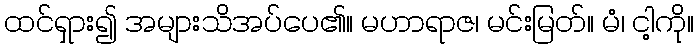
ထင်ရှား၍ အများသိအပ်ပေ၏။ မဟာရာဇ၊ မင်းမြတ်။ မံ၊ ငါ့ကို။